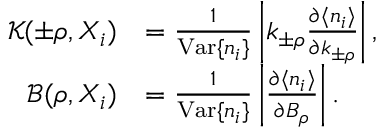
\begin{array} { r l } { { \mathcal K } ( \pm \rho , X _ { i } ) } & { = \frac { 1 } { \mathrm { V a r } \{ n _ { i } \} } \left| k _ { \pm \rho } \frac { \partial \langle n _ { i } \rangle } { \partial k _ { \pm \rho } } \right| , } \\ { { \mathcal B } ( \rho , X _ { i } ) } & { = \frac { 1 } { \mathrm { V a r } \{ n _ { i } \} } \left| \frac { \partial \langle n _ { i } \rangle } { \partial B _ { \rho } } \right| . } \end{array}